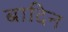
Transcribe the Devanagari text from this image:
बादिन